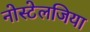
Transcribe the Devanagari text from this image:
नोस्‍टेलजिया